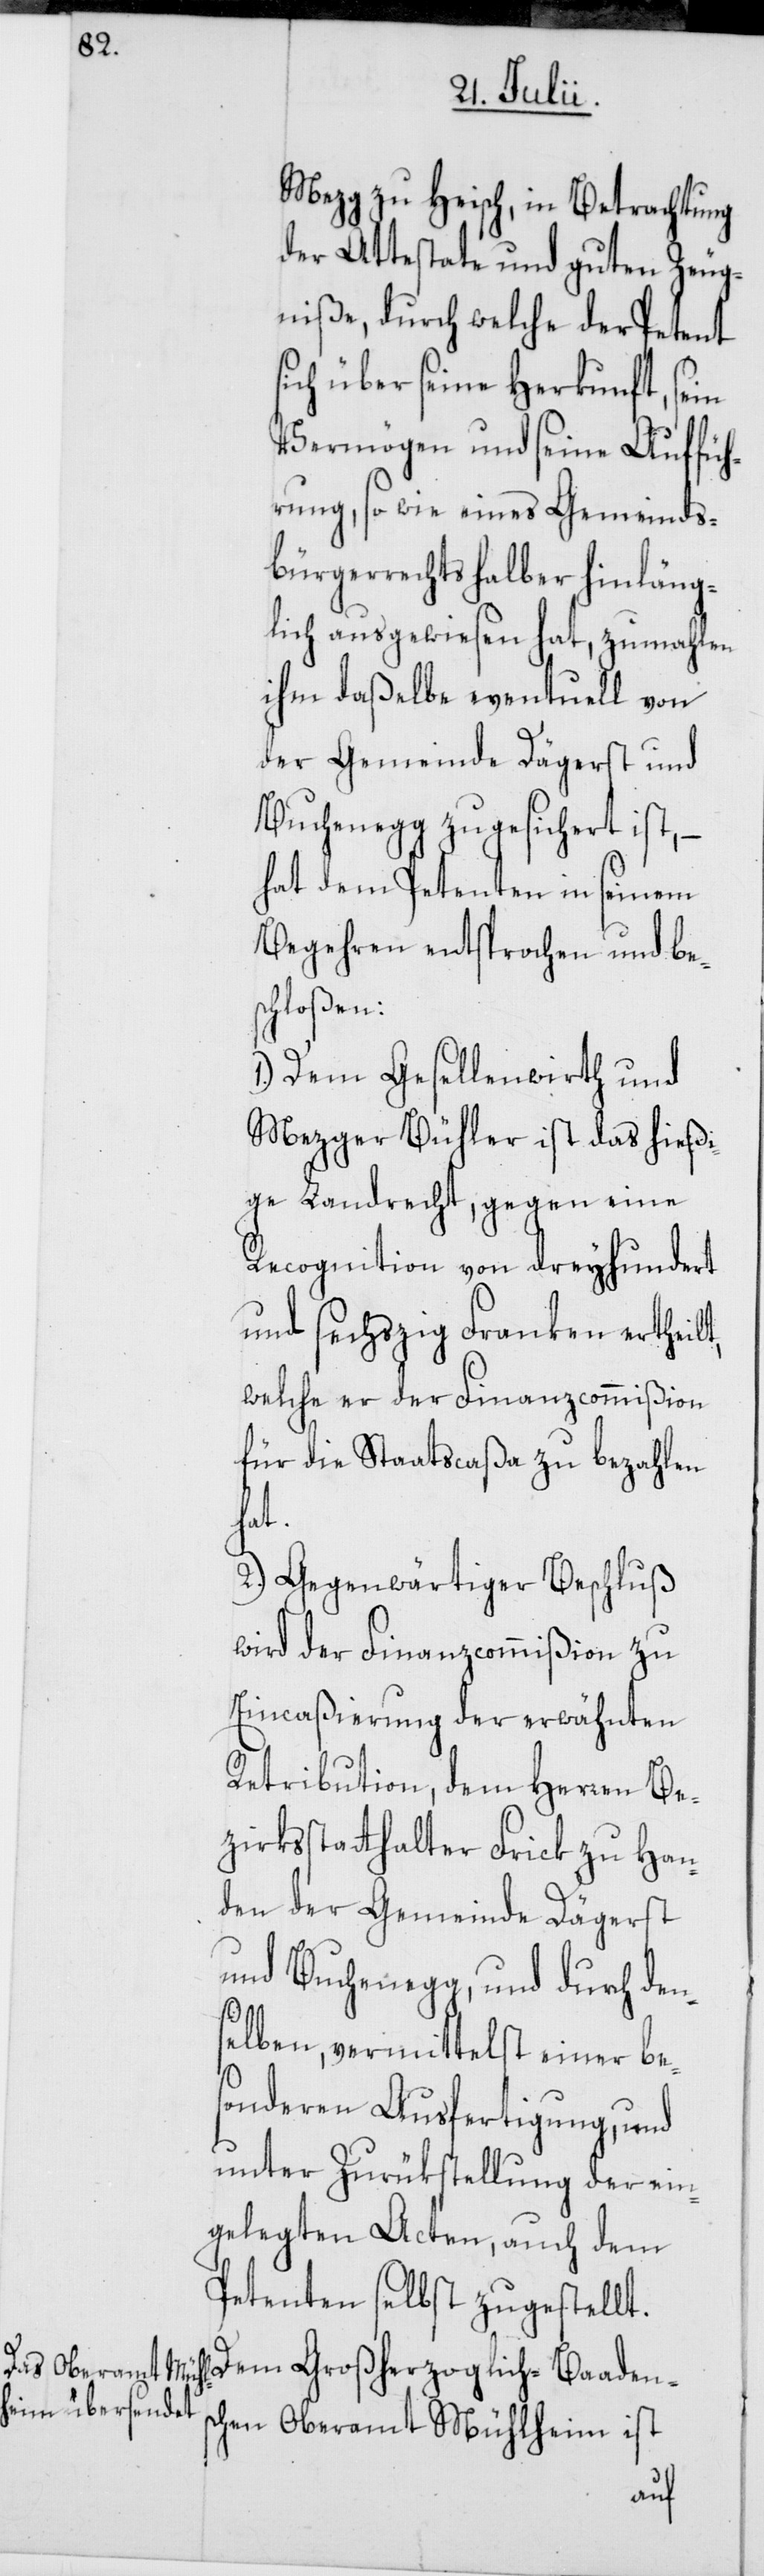
Mezg zu Heisch, in Betrachtung
der Attestate und guten Zeug¬
niße, durch welche der Petent
sich über seine Herkunft, sein
Vermögen und seine Auffüh¬
rung, so wie eines Gemeinds¬
bürgerrechts halber hinläng¬
lich ausgewiesen hat, zumahlen
ihm daßelbe eventuell von
der Gemeinde Dägerst und
Buchenegg zugesichert ist, –
hat dem Petenten in seinem
Begehren entsprochen und be¬
schloßen:
1.) Dem Gesellenwirth und
Mezger Bühler ist das hießi¬
ge Landrecht, gegen eine
Recognition von dreyhundert
und sechszig Franken ertheilt,
welche er der Finanzcommißion
für die Staatscaßa zu bezahlen
hat.
2.) Gegenwärtiger Beschluß
wird der Finanzcommißion zu
Eincaßierung der erwähnten
Retribution, dem Herren Be¬
zirksstatthalter Frick zu Han¬
den der Gemeinde Dägerst
und Buchenegg, und durch den¬
selben, vermittelst einer be¬
sonderen Ausfertigung, und
unter Zurükstellung der ein¬
gelegten Acten, auch dem
Petenten selbst zugestellt.
Dem Großherzoglich-Baadens¬
chen Oberamt Mühlheim ist